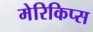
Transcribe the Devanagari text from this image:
मेरिकिप्स